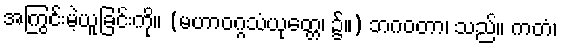
အကြွင်းမဲ့ယူခြင်းကို။ (မဟာဝဂ္ဂသံယုတ္တေ၊ ၌။) ဘဂဝတာ၊ သည်။ ကတံ၊